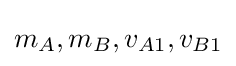
m_{A},m_{B},v_{A1},v_{B1}